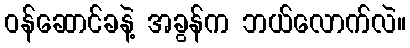
ဝန်ဆောင်ခနဲ့ အခွန်က ဘယ်လောက်လဲ။